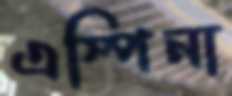
এস্পিনা